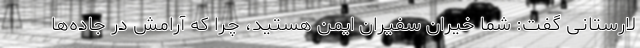
لارستانی گفت: شما خیران سفیران ایمن هستید، چرا که آرامش در جاده‌ها